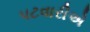
પટવારીએ